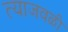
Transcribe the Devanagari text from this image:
त्याजवळी